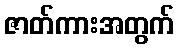
ဇာတ်ကားအတွက်